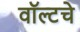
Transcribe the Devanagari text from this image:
वॉल्टचे